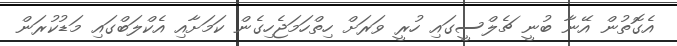
އެގޮތުން އޭނާ ބުނީ ޗެލްސީގައި ހުރީ ވަރަށް ހިތްހަމަޖެހިގެން ކަމަށާއި އެކްލަބްގައި މަޑުކުރަން